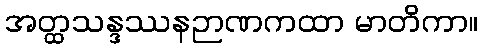
အတ္ထသန္ဒဿနဉာဏကထာ မာတိကာ။